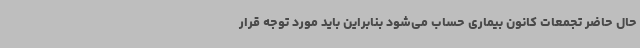
حال حاضر تجمعات کانون بیماری حساب می‌شود بنابراین باید مورد توجه قرار